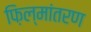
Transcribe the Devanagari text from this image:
फ़िल्मांतरण